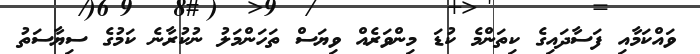
ވައްކަމާއި ފަސާދައިގެ ކިތަންމެ ކުޑަ މިންވަރެއް ވިޔަސް ތަހަންމަލު ނުކުރާނެ ކަމުގެ ސިޔާސަތު